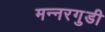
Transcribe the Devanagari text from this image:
मन्नरगुडी